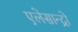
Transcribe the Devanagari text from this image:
एलेसान्द्रो